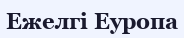
Ежелгі Еуропа